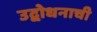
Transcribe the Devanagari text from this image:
उद्बोधनाची